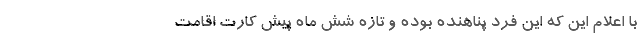
با اعلام این که این فرد پناهنده بوده و تازه شش ماه پیش کارت اقامت